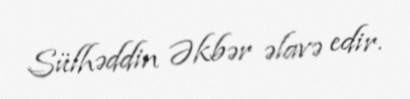
Sülhəddin Əkbər əlavə edir.